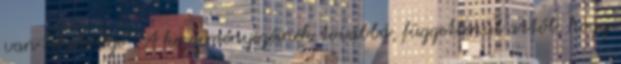
van lehetősége . A kezdeményezésnek továbbá, függetlenül attól, hogy